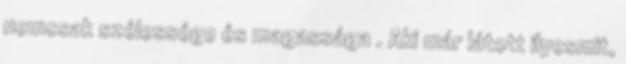
nemcsak szélessége és magassága . Aki már látott ilyesmit,